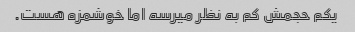
یکم حجمش کم به نظر میرسه اما خوشمزه هست.